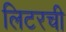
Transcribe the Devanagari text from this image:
लिटरची